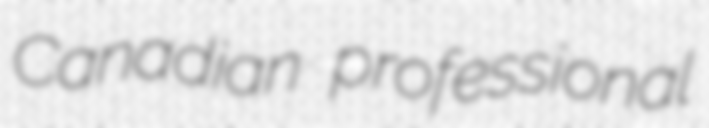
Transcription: Canadian professional